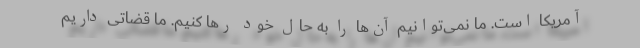
آمریکا است. ما نمی‌توانیم آن‌ها را به حال خود رها کنیم. ما قضاتی داریم